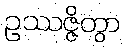
ဥဿဇ္ဇိတွာ